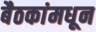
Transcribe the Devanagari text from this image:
बैठकांमधून